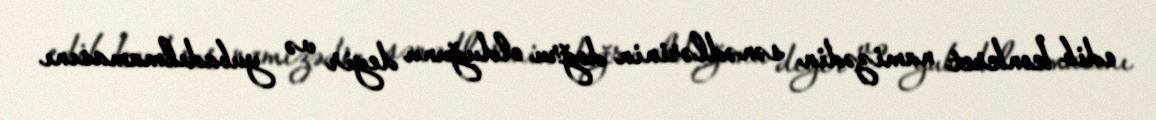
edib konkret namizədin sənədlərinin doğru olduğunu deyir və yubadılmamasını